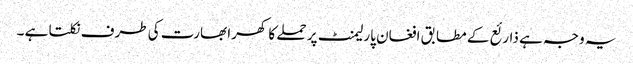
یہ وجہ ہے ذارئع کے مطابق افغان پارلیمنٹ پر حملے کا کھرا بھارت کی طرف نکلتا ہے ۔